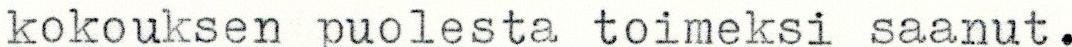
kokouksen puolesta toimeksi saanut.